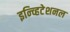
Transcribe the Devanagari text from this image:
इन्व्हिटेशनल